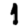
Digit: 1